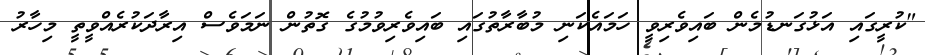
"ކުރީގައި އަޅުގަނޑުމެން ބައިވެރިވީ ހަމައެކަނި މުބާރާތުގައި ބައިވެރިވުމުގެ ގޮތުން ނަމަވެސް އިރާދަކުރެއްވީތީ މިހާރު